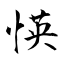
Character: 愥